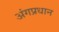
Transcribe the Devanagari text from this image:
अंगप्रधान